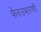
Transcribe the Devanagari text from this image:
फेरउभारणी